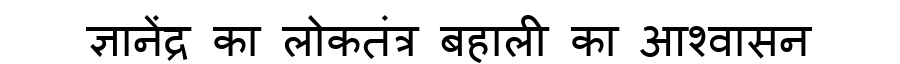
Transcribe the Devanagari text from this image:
ज्ञानेंद्र का लोकतंत्र बहाली का आश्वासन